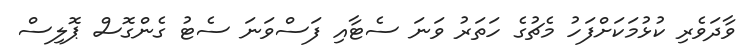
ވާދަވެރި ކުޅުމަކަށްފަހު މެޗުގެ ހަތަރު ވަނަ ސެޓާއި ފަސްވަނަ ސެޓު ގެންގޮސް ޕޮލިސް